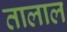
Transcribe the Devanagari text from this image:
तालाल